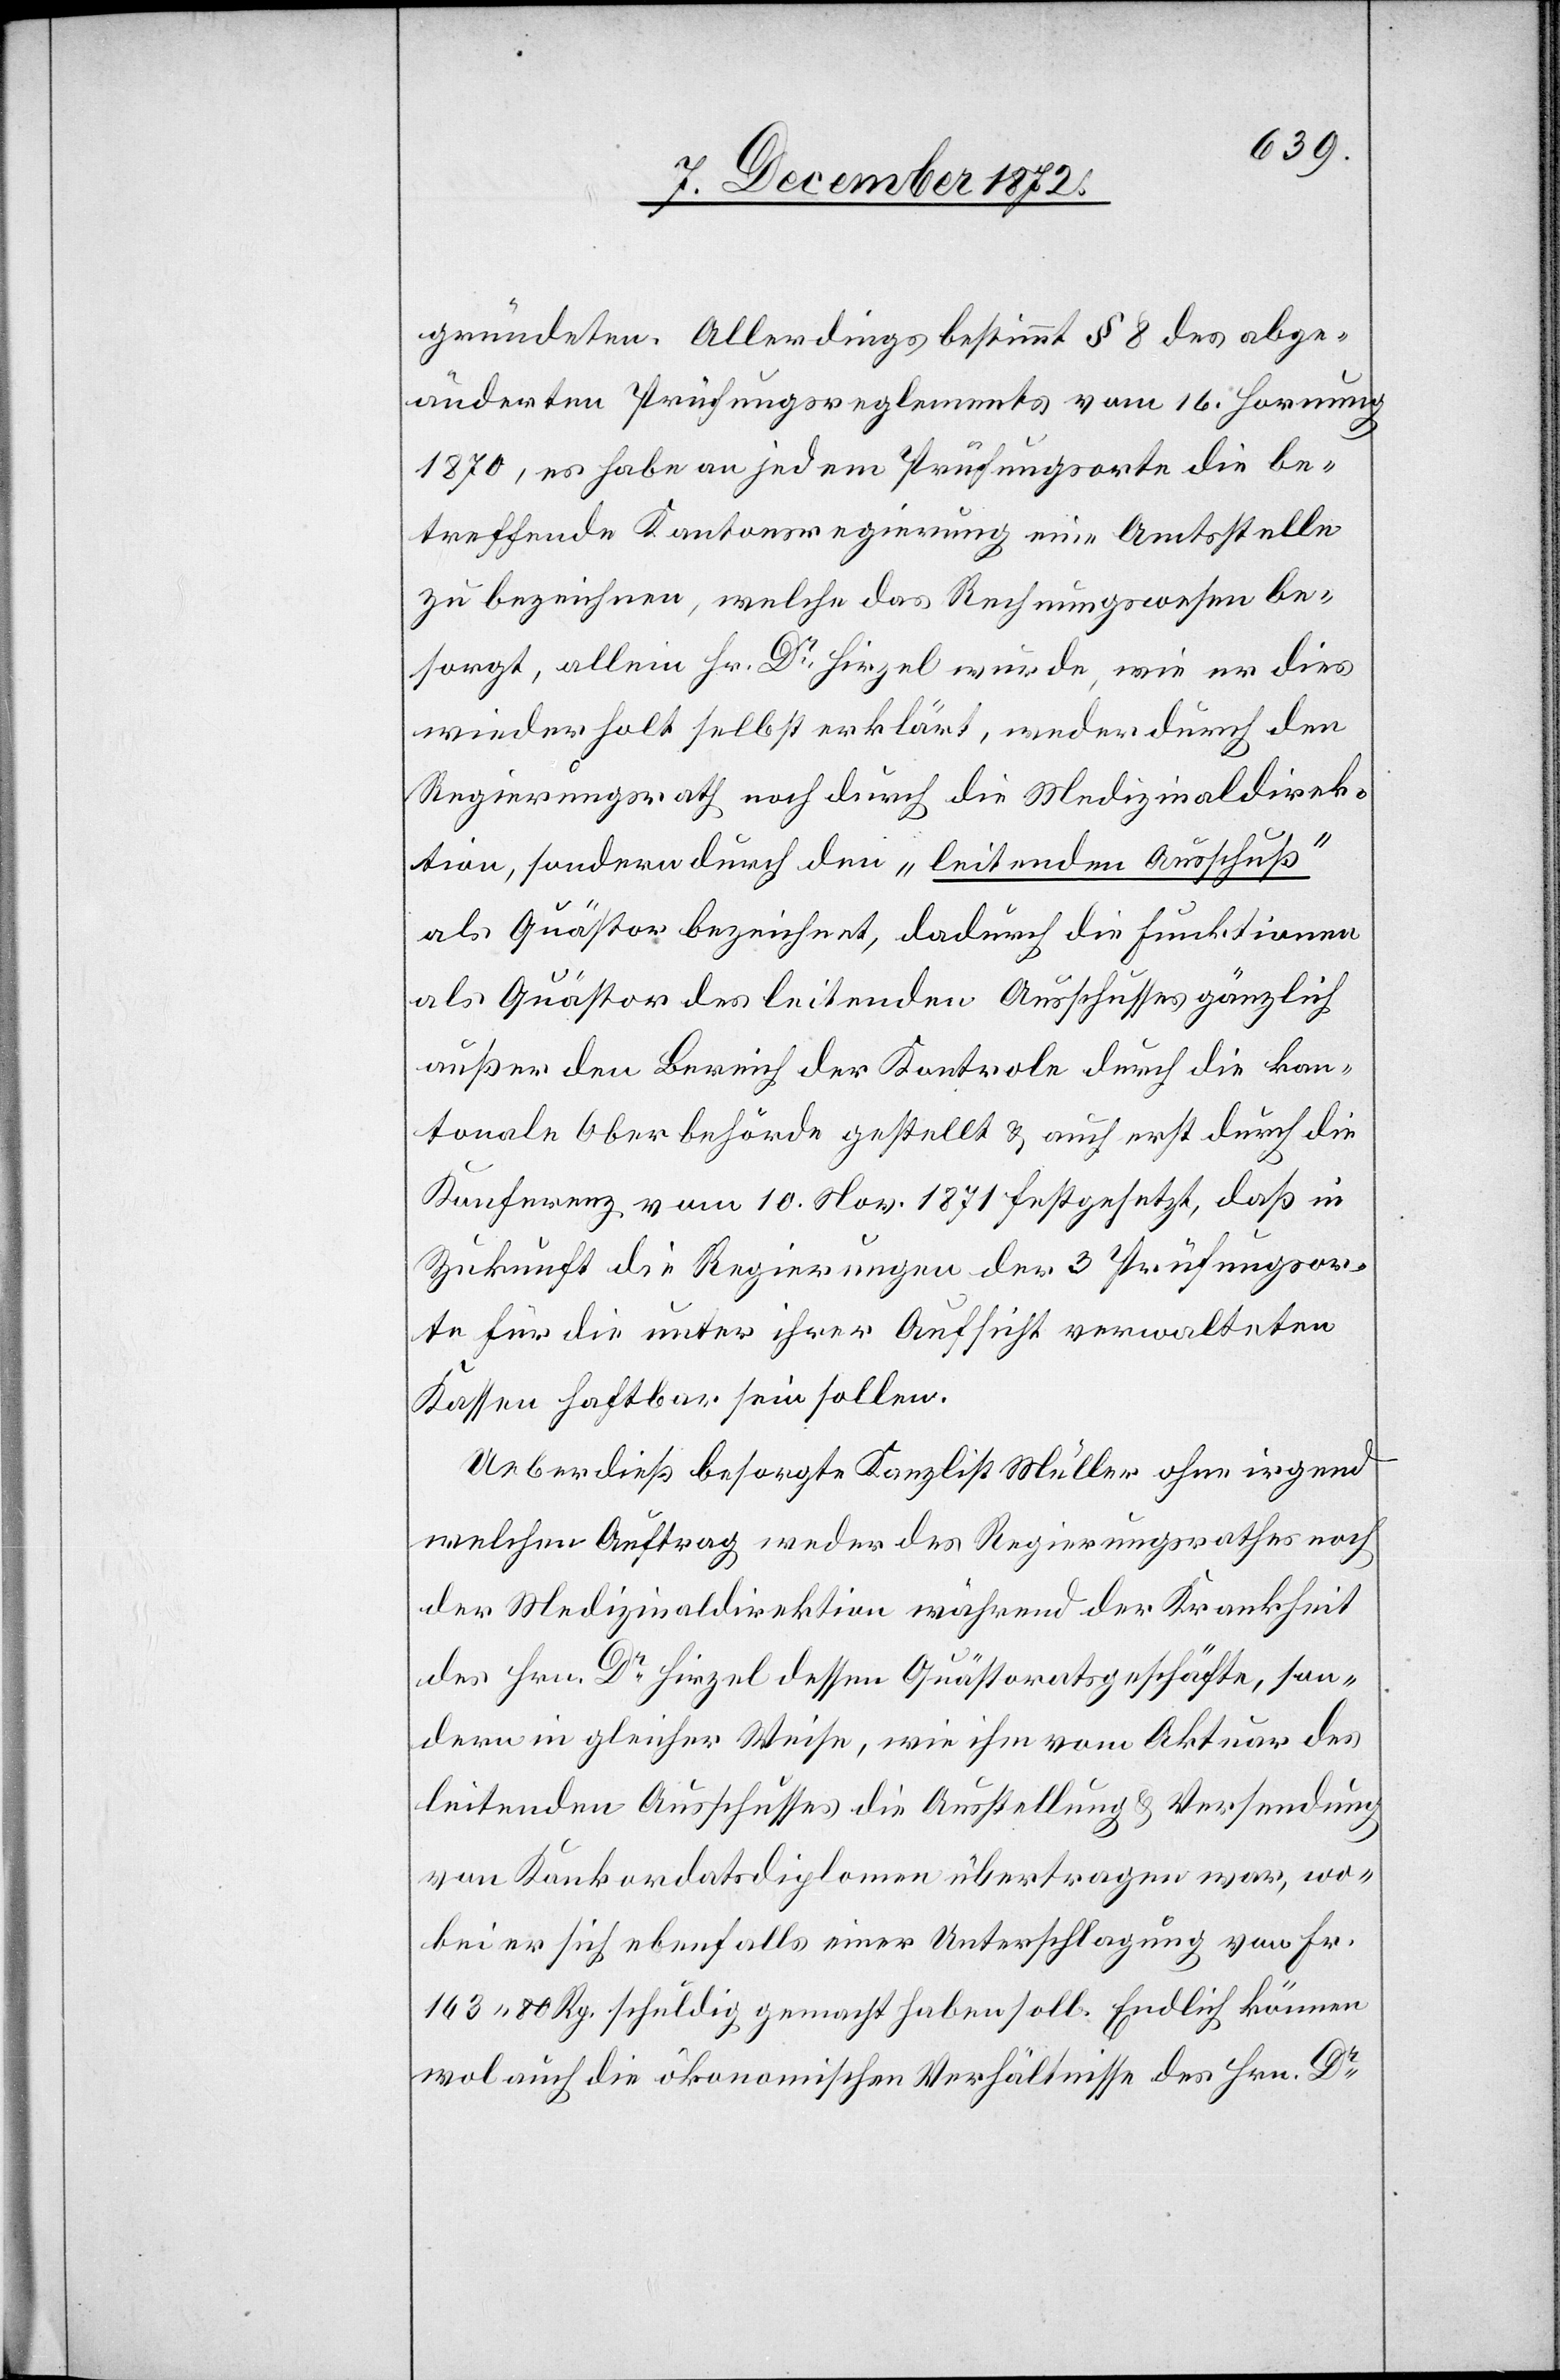
gründeten. Allerdings bestimmt § 8 des abge¬
änderten Prüfungsreglements vom 16. Hornung
1870, es habe an jedem Prüfungsorte die be¬
treffende Kantonsregierung eine Amtsstelle
zu bezeichnen, welche das Rechnungswesen be¬
sorgt, allein Hr. Dr Hirzel wurde, wie er dies
wiederholt selbst erklärt, weder durch den
Regierungsrath noch durch die Medizinaldirek¬
tion, sondern durch den „leitenden Ausschuß“
als Quästor des leitenden Ausschusses gänzlich
außer den Bereich der Kontrole durch die kan¬
tonale Oberbehörde gestellt u. auch erst durch die
Konferenz vom 10. Nov. 1871 festgesetzt, daß in
Zukunft die Regierungen der 3 Prüfungsor¬
te für die unter ihrer Aufsicht verwalteten
Kassen haftbar sein sollen.
Ueberdieß besorgte Kanzlist Müller ohne irgend
welchen Auftrag weder des Regierungsrathes noch
der Medizinaldirektion während der Krankheit
des Hrn. Dr Hirzel dessen Quästoratsgeschäfte, son¬
dern in gleicher Weise, wir ihm vom Aktuar des
leitenden Ausschusses die Ausstellung u. Versendung
von Konkordatsdiplomen übertragen war, wo¬
bei er sich ebenfalls einer Unterschlagung von Fr.
163 80 Rp. schuldig gemacht haben soll. Endlich können
wol auch die ökonomischen Verhältnisse des Hrn. Dr